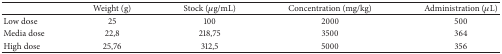
<table><thead><tr><td><b> </b></td><td><b>Weight (g)</b></td><td><b>Stock (<i>μ</i>g/mL)</b></td><td><b>Concentration (mg/kg)</b></td><td><b>Administration (<i>μ</i>L)</b></td></tr></thead><tbody><tr><td>Low dose</td><td>25</td><td>100</td><td>2000</td><td>500</td></tr><tr><td>Media dose</td><td>22,8</td><td>218,75</td><td>3500</td><td>364</td></tr><tr><td>High dose</td><td>25,76</td><td>312,5</td><td>5000</td><td>356</td></tr></tbody></table>